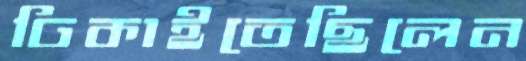
ঢিকাইতেছিলেন